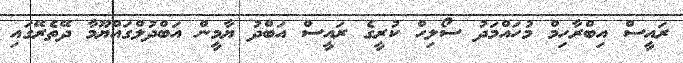
ރައީސް އިބްރާހިމް މުހައްމަދު ސޯލިހް ކުރީގެ ރައީސް އަބްދު ޔާމީން އަބްދުލްގައްޔޫމާ ދޭތެރޭގައި